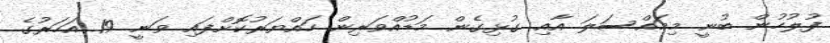
ފުލުހުން ބުނީ މިމައްސަލަ އާއި ގުޅިގެން މަޑުއްވަރިން ހައްޔަރުކޮށްފައި ވަނީ 19 އަހަރުގެ